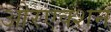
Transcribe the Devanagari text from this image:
औरएक्शन